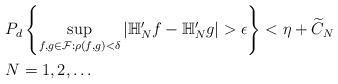
LaTeX: \begin{align*}&P_{d}\left\{\sup_{f,g\in\mathcal{F}:\rho(f,g)<\delta}|\mathbb{H}_{N}'f-\mathbb{H}_{N}'g|>\epsilon\right\}<\eta+\widetilde{C}_{N}\\&N=1,2,\dots\end{align*}